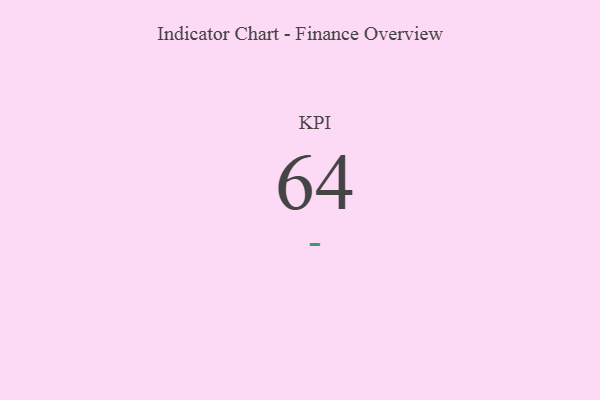
{"axis": {"x": "KPI", "y": "Value"}, "legend": [""], "data": [{"x": "KPI", "y": 64, "type": ""}]}